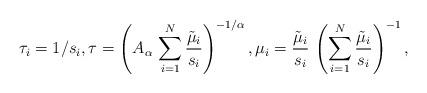
LaTeX: \begin{align*}\tau_{i} = 1/s_{i},\tau = \left(A_{\alpha}\,\sum\limits_{i=1}^N \frac{\tilde{\mu}_i}{s_i}\right)^{-1/\alpha},\mu_{i} = \frac{\tilde{\mu}_i}{s_i}\,\left(\sum\limits_{i=1}^N \frac{\tilde{\mu}_i}{s_i}\right)^{-1},\end{align*}